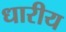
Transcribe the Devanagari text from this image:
धारीय